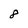
Character: 8